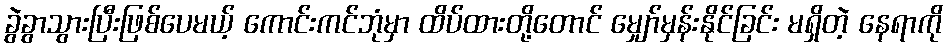
ခွဲခွာသွားပြီးဖြစ်ပေမယ့် ကောင်းကင်ဘုံမှာ ထိပ်ထားတို့တောင် မျှော်မှန်းနိုင်ခြင်း မရှိတဲ့ နေရာကို